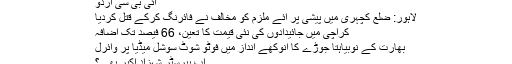
آئی بی سی اردو
لاہور: ضلع کچہری میں پیشی پر آئے ملزم کو مخالف نے فائرنگ کرکے قتل کردیا
کراچی میں جائیدادوں کی نئی قیمت کا تعین، 66 فیصد تک اضافہ
بھارت کے نوبیاہتا جوڑے کا انوکھے انداز میں فوٹو شوٹ سوشل میڈیا پر وائرل
اب بیرسٹر شہزاد اکبر بھی ؟